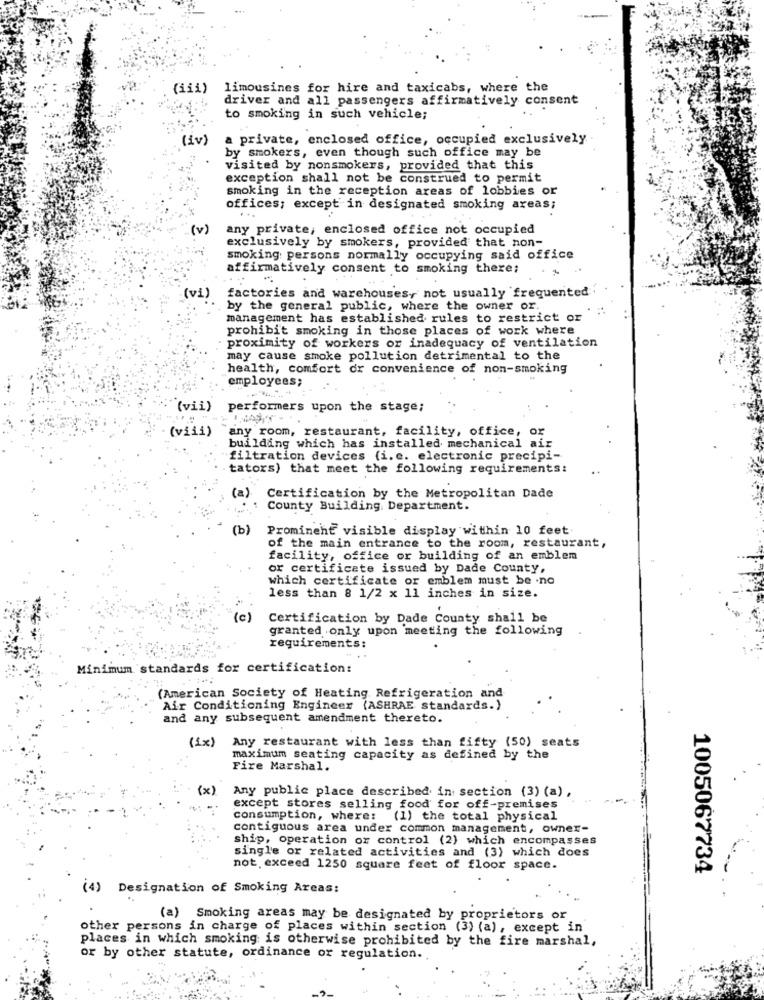
(iii)
limousines for hire and taxicabs, where the
driver and all passengers affirmatively consent
to smoking in such vehicle;
(iv)
a private, enclosed office, occupied exclusively
by smokers, even though such office may be
visited by nonsmokers, provided that this
exception shall not be construed to permit
smoking in the reception areas of lobbies or
offices; except in designated smoking areas;
(v)
any private, enclosed office not occupied
exclusively by smokers, provided that non-
smoking persons normally occupying said office
affirmatively consent to smoking there;
-
(vi) factories and warehouses, not usually frequented.
by the general public, where the owner or.
management has established rules to restrict or
prohibit smoking in those places of work where
proximity of workers or inadequacy of ventilation
may cause smoke pollution detrimental to the
health, comfort or convenience of non-smoking
employees;
(vii) performers upon the stage;
(viii)
any room, restaurant, facility, office,
building which has installed mechanical air
filtration devices (i. e. electronic precipi-
tators) that meet the following requirements:
(a) Certification by the Metropolitan Dade
County Building. Department.
(b)
Prominent visible display within 10 feet
of the main entrance to the room, restaurant,
facility, office or building of an emblem
or certificate issued by Dade County,
which certificate or emblem must be .no
less than 8 1/2 x 11 inches in size.
(c)
Certification by Dade County shall be
granted only upon meeting the following
requirements:
...
Minimum standards for certification:
(American Society of Heating Refrigeration and
Air Conditioning Engineer (ASHRAE standards.)
and any subsequent amendment thereto.
Any restaurant with less than fifty (50) seats
(1x)
maximum seating capacity as defined by the
Fire Marshal.
(x)
Any public place described in section (3) (a) ,
except stores selling food for off-premises
consumption, where:
(1) the total physical
contiguous area under common management, owner-
ship, operation or control (2) which encompasses
single or related activities and (3) which does
not exceed 1250 square feet of floor space.
1005067734
(4)
Designation of Smoking Areas:
(a) Smoking areas may be designated by proprietors or
other persons in charge of places within section (3) (a), except in
places in which smoking is otherwise prohibited by the fire marshal,
or by other statute, ordinance or regulation.